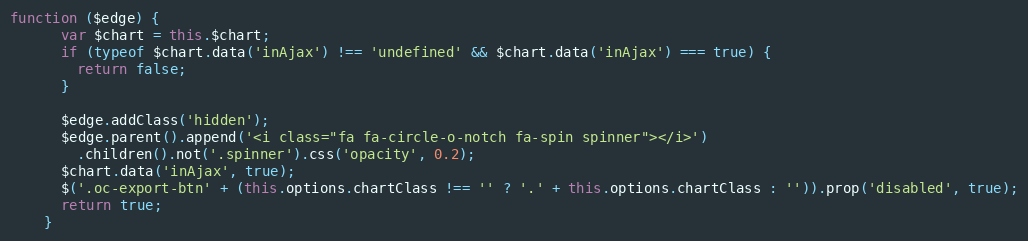
Language: JavaScript
function ($edge) {
      var $chart = this.$chart;
      if (typeof $chart.data('inAjax') !== 'undefined' && $chart.data('inAjax') === true) {
        return false;
      }

      $edge.addClass('hidden');
      $edge.parent().append('<i class="fa fa-circle-o-notch fa-spin spinner"></i>')
        .children().not('.spinner').css('opacity', 0.2);
      $chart.data('inAjax', true);
      $('.oc-export-btn' + (this.options.chartClass !== '' ? '.' + this.options.chartClass : '')).prop('disabled', true);
      return true;
    }